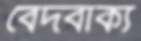
বেদবাক্য